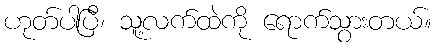
ဟုတ်ပါပြီ၊ သူ့လက်ထဲကို ရောက်သွားတယ်။